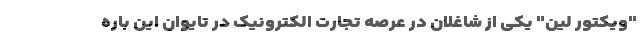
"ویکتور لین" یکی از شاغلان در عرصه تجارت الکترونیک در تایوان این باره